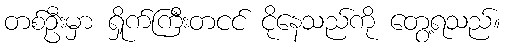
တစ်ဦးမှာ ရှိုက်ကြီးတငင် ငိုနေသည်ကို တွေ့ရသည်။